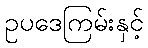
ဥပဒေကြမ်းနှင့်